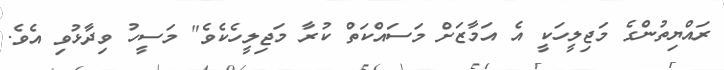
ރައްޔިތުންގެ މަޖިލީހަކީ އެ އަމާޒަށް މަސައްކަތް ކުރާ މަޖިލީހެކެވެ" މަސީހު ވިދާޅުވި އެވެ.